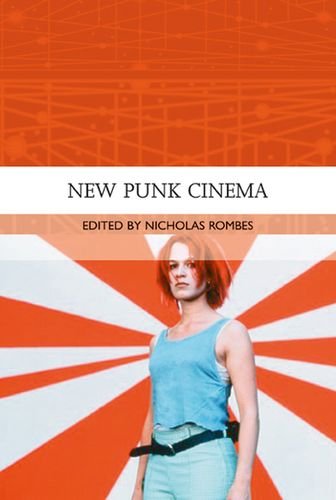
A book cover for New Punk Cinema (Traditions in World Cinema); Nicholas Rombes; Humor & Entertainment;